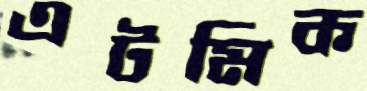
এটমিক